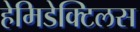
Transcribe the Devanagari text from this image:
हेमिडेक्टिलस